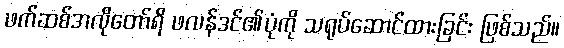
ဖက်ဆစ်အလိုတော်ရိ ဖလန်ဒင်၏ပုံကို သရုပ်ဆောင်ထားခြင်း ဖြစ်သည်။